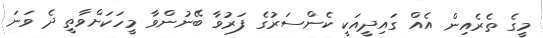
މީގެ ތެރެއިން އެއް ގައިދީއަކީ ކެންސަރުގެ ފަރުވާ ބޭނުންވާ މީހަކަށްވާތީ ދެ ވަނަ